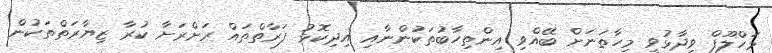
މަހްލޫފް ވިދާޅުވީ މިހާތަނަށް ބޭއްވި އިންތިހާބުތަކުންނާއި އިދިކޮޅު ފަރާތްތައް ރަށްރަށާ ކުރާ ޒިޔާރަތްތަކުން